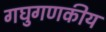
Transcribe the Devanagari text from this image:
गघुगणकीय